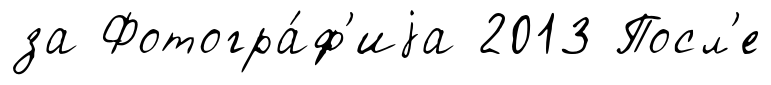
за Фотогра́ф'иjа 2013 Посл'е